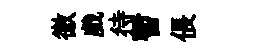
徼戲待暫倀